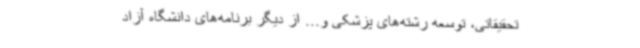
تحقیقاتی، توسعه رشته‌های پزشکی و... از دیگر برنامه‌های دانشگاه آزاد